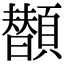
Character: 𩕗